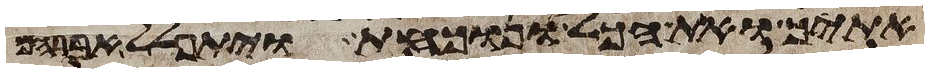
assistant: אתיך ואת הכל ונוכחת ויתפלל אברהם